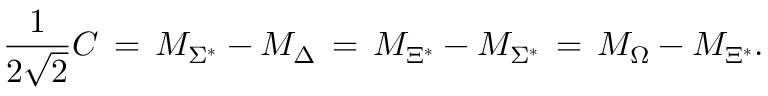
\frac { 1 } { 2 \sqrt { 2 } } C \, = \, M _ { { \Sigma } ^ { * } } - M _ { \Delta } \, = \, M _ { { \Xi } ^ { * } } - M _ { { \Sigma } ^ { * } } \, = \, M _ { \Omega } - M _ { { \Xi } ^ { * } } .